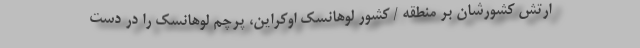
ارتش کشورشان بر منطقه / کشور لوهانسک اوکراین، پرچم لوهانسک را در دست